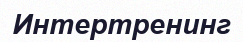
Интертренинг